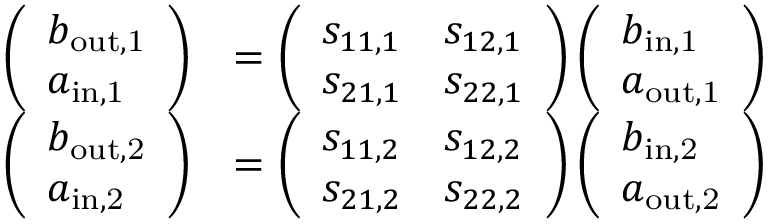
\begin{array} { r l } { \left( \begin{array} { l } { b _ { \mathrm { o u t , 1 } } } \\ { a _ { \mathrm { i n , 1 } } } \end{array} \right) } & { = \left( \begin{array} { l l } { s _ { 1 1 , 1 } } & { s _ { 1 2 , 1 } } \\ { s _ { 2 1 , 1 } } & { s _ { 2 2 , 1 } } \end{array} \right) \left( \begin{array} { l } { b _ { \mathrm { i n , 1 } } } \\ { a _ { \mathrm { o u t , 1 } } } \end{array} \right) } \\ { \left( \begin{array} { l } { b _ { \mathrm { o u t , 2 } } } \\ { a _ { \mathrm { i n , 2 } } } \end{array} \right) } & { = \left( \begin{array} { l l } { s _ { 1 1 , 2 } } & { s _ { 1 2 , 2 } } \\ { s _ { 2 1 , 2 } } & { s _ { 2 2 , 2 } } \end{array} \right) \left( \begin{array} { l } { b _ { \mathrm { i n , 2 } } } \\ { a _ { \mathrm { o u t , 2 } } } \end{array} \right) } \end{array}